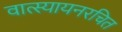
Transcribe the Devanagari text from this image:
वात्स्यायनरचित